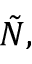
\tilde { N } ,